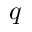
q